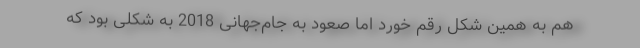
هم به همین شکل رقم خورد اما صعود به جام‌جهانی 2018 به شکلی بود که